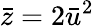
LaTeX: \bar{z}=2\bar{u}^{2}